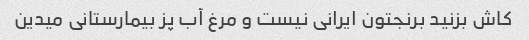
کاش بزنید برنجتون ایرانی نیست و مرغ آب پز بیمارستانی میدین